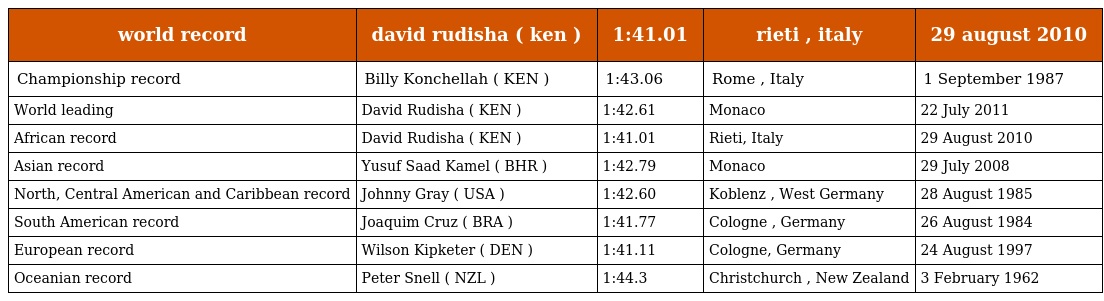
| world record | david rudisha ( ken ) | 1:41.01 | rieti , italy | 29 august 2010 |
 | --- | --- | --- | --- | --- |
 | Championship record | Billy Konchellah ( KEN ) | 1:43.06 | Rome , Italy | 1 September 1987 |
 | World leading | David Rudisha ( KEN ) | 1:42.61 | Monaco | 22 July 2011 |
 | African record | David Rudisha ( KEN ) | 1:41.01 | Rieti, Italy | 29 August 2010 |
 | Asian record | Yusuf Saad Kamel ( BHR ) | 1:42.79 | Monaco | 29 July 2008 |
 | North, Central American and Caribbean record | Johnny Gray ( USA ) | 1:42.60 | Koblenz , West Germany | 28 August 1985 |
 | South American record | Joaquim Cruz ( BRA ) | 1:41.77 | Cologne , Germany | 26 August 1984 |
 | European record | Wilson Kipketer ( DEN ) | 1:41.11 | Cologne, Germany | 24 August 1997 |
 | Oceanian record | Peter Snell ( NZL ) | 1:44.3 | Christchurch , New Zealand | 3 February 1962 |